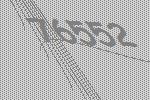
76552